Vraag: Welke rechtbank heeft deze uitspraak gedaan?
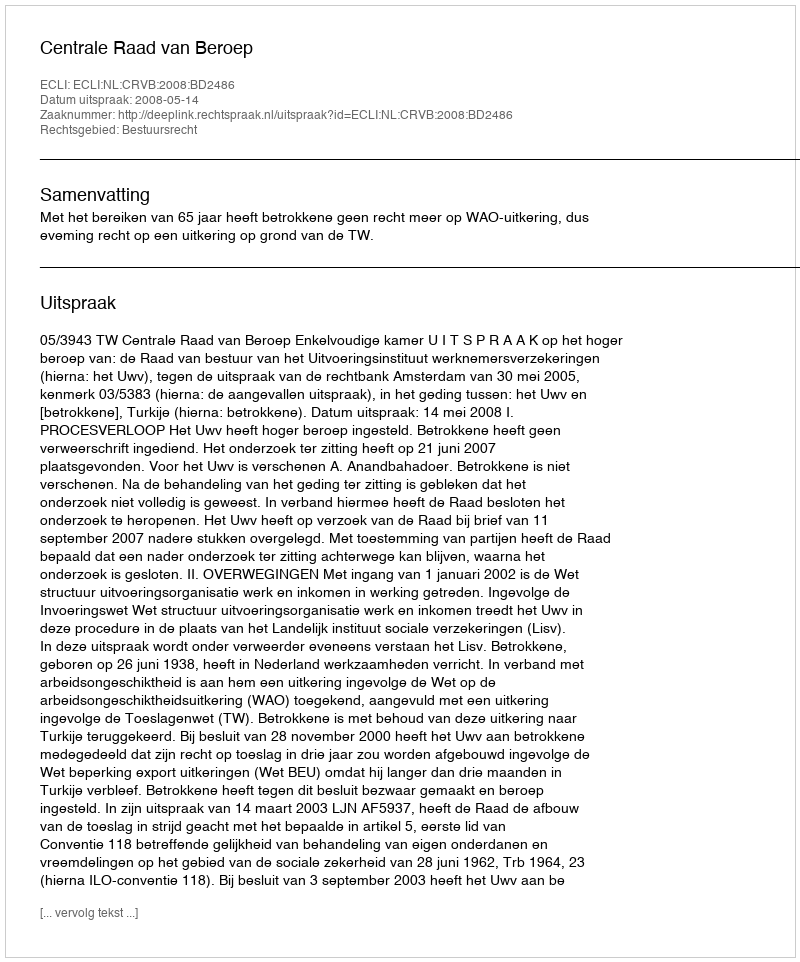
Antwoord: Centrale Raad van Beroep